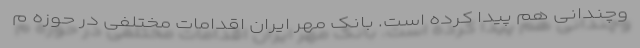
وچندانی هم پیدا کرده است. بانک مهر ایران اقدامات مختلفی در حوزه م